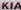
KIA